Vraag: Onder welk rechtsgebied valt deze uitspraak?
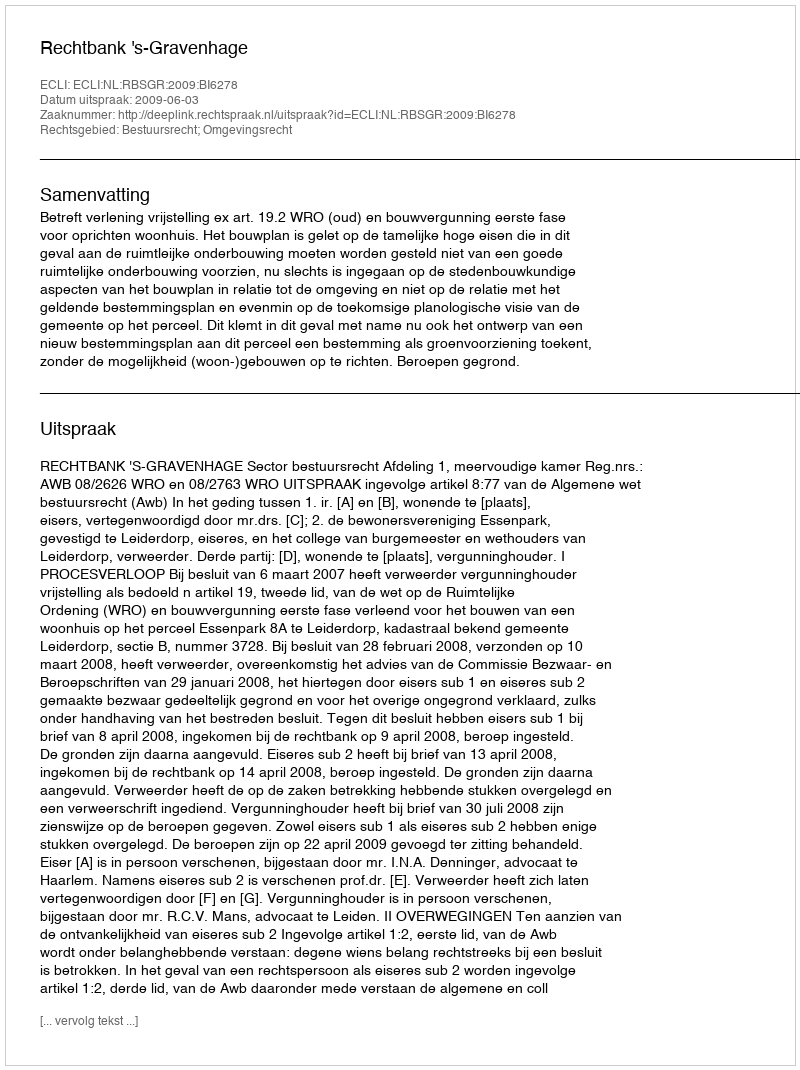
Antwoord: Bestuursrecht; Omgevingsrecht